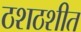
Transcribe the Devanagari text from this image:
ठशठशीत